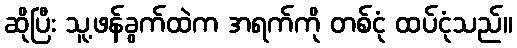
ဆိုပြီး သူ့ဖန်ခွက်ထဲက အရက်ကို တစ်ငုံ ထပ်ငုံသည်။